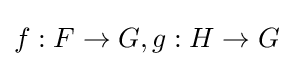
f:F\to G,g:H\to G